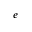
e